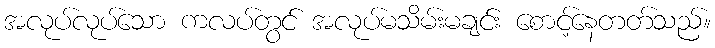
အလုပ်လုပ်သော ကလပ်တွင် အလုပ်မသိမ်းမချင်း စောင့်နေတတ်သည်။